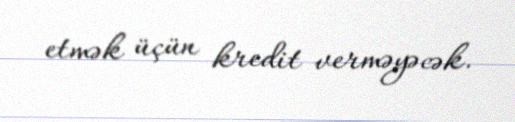
etmək üçün kredit verməyəcək.